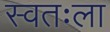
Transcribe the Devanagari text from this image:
स्‍वतःला